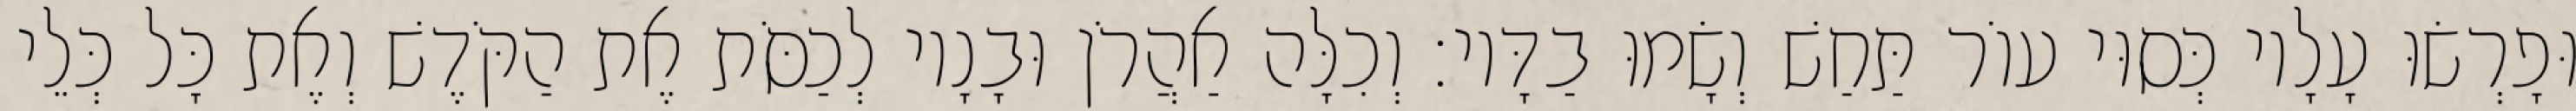
וּפָרְשׂוּ עָלָיו כְּסוּי עוֹר תַּחַשׁ וְשָׂמוּ בַדָּיו׃ וְכִלָּה אַהֲרֹן וּבָנָיו לְכַסֹּת אֶת הַקֹּדֶשׁ וְאֶת כָּל כְּלֵי